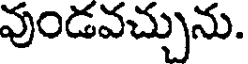
వుండవచ్చును.